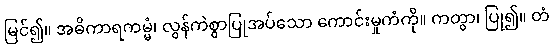
မြင်၍။ အဓိကာရကမ္မံ၊ လွန်ကဲစွာပြုအပ်သော ကောင်းမှုကံကို။ ကတွာ၊ ပြု၍။ တံ